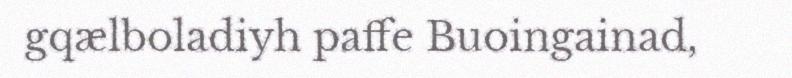
gqælboladiyh paffe Buoingainad,